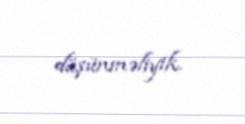
düşünməliyik.